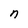
Character: n